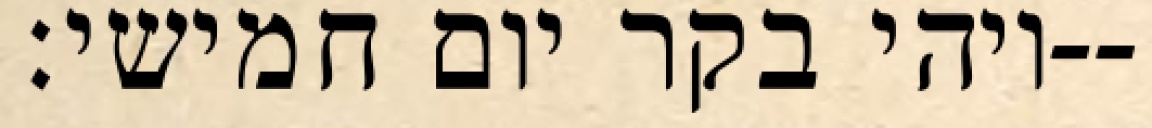
ויהי בקר יום חמישי׃--